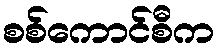
စစ်ကောင်စီက